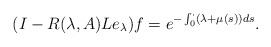
\begin{align*} (I-R(\lambda,A)Le_\lambda)f=e^{-\int_0^\cdot(\lambda+\mu(s))ds}.\end{align*}